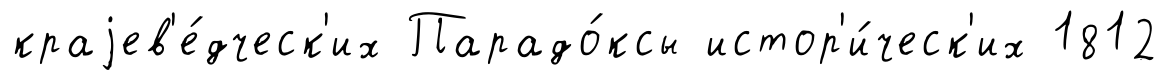
краjев'е́дческ'их Парадо́ксы истор'и́ческ'их 1812